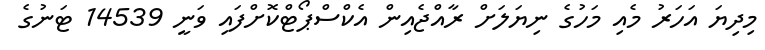
މިދިޔަ އަހަރު މެއި މަހުގެ ނިޔަލަށް ރާއްޖެއިން އެކްސްޕޯޓްކޮށްފައި ވަނީ 14539 ޓަނުގެ